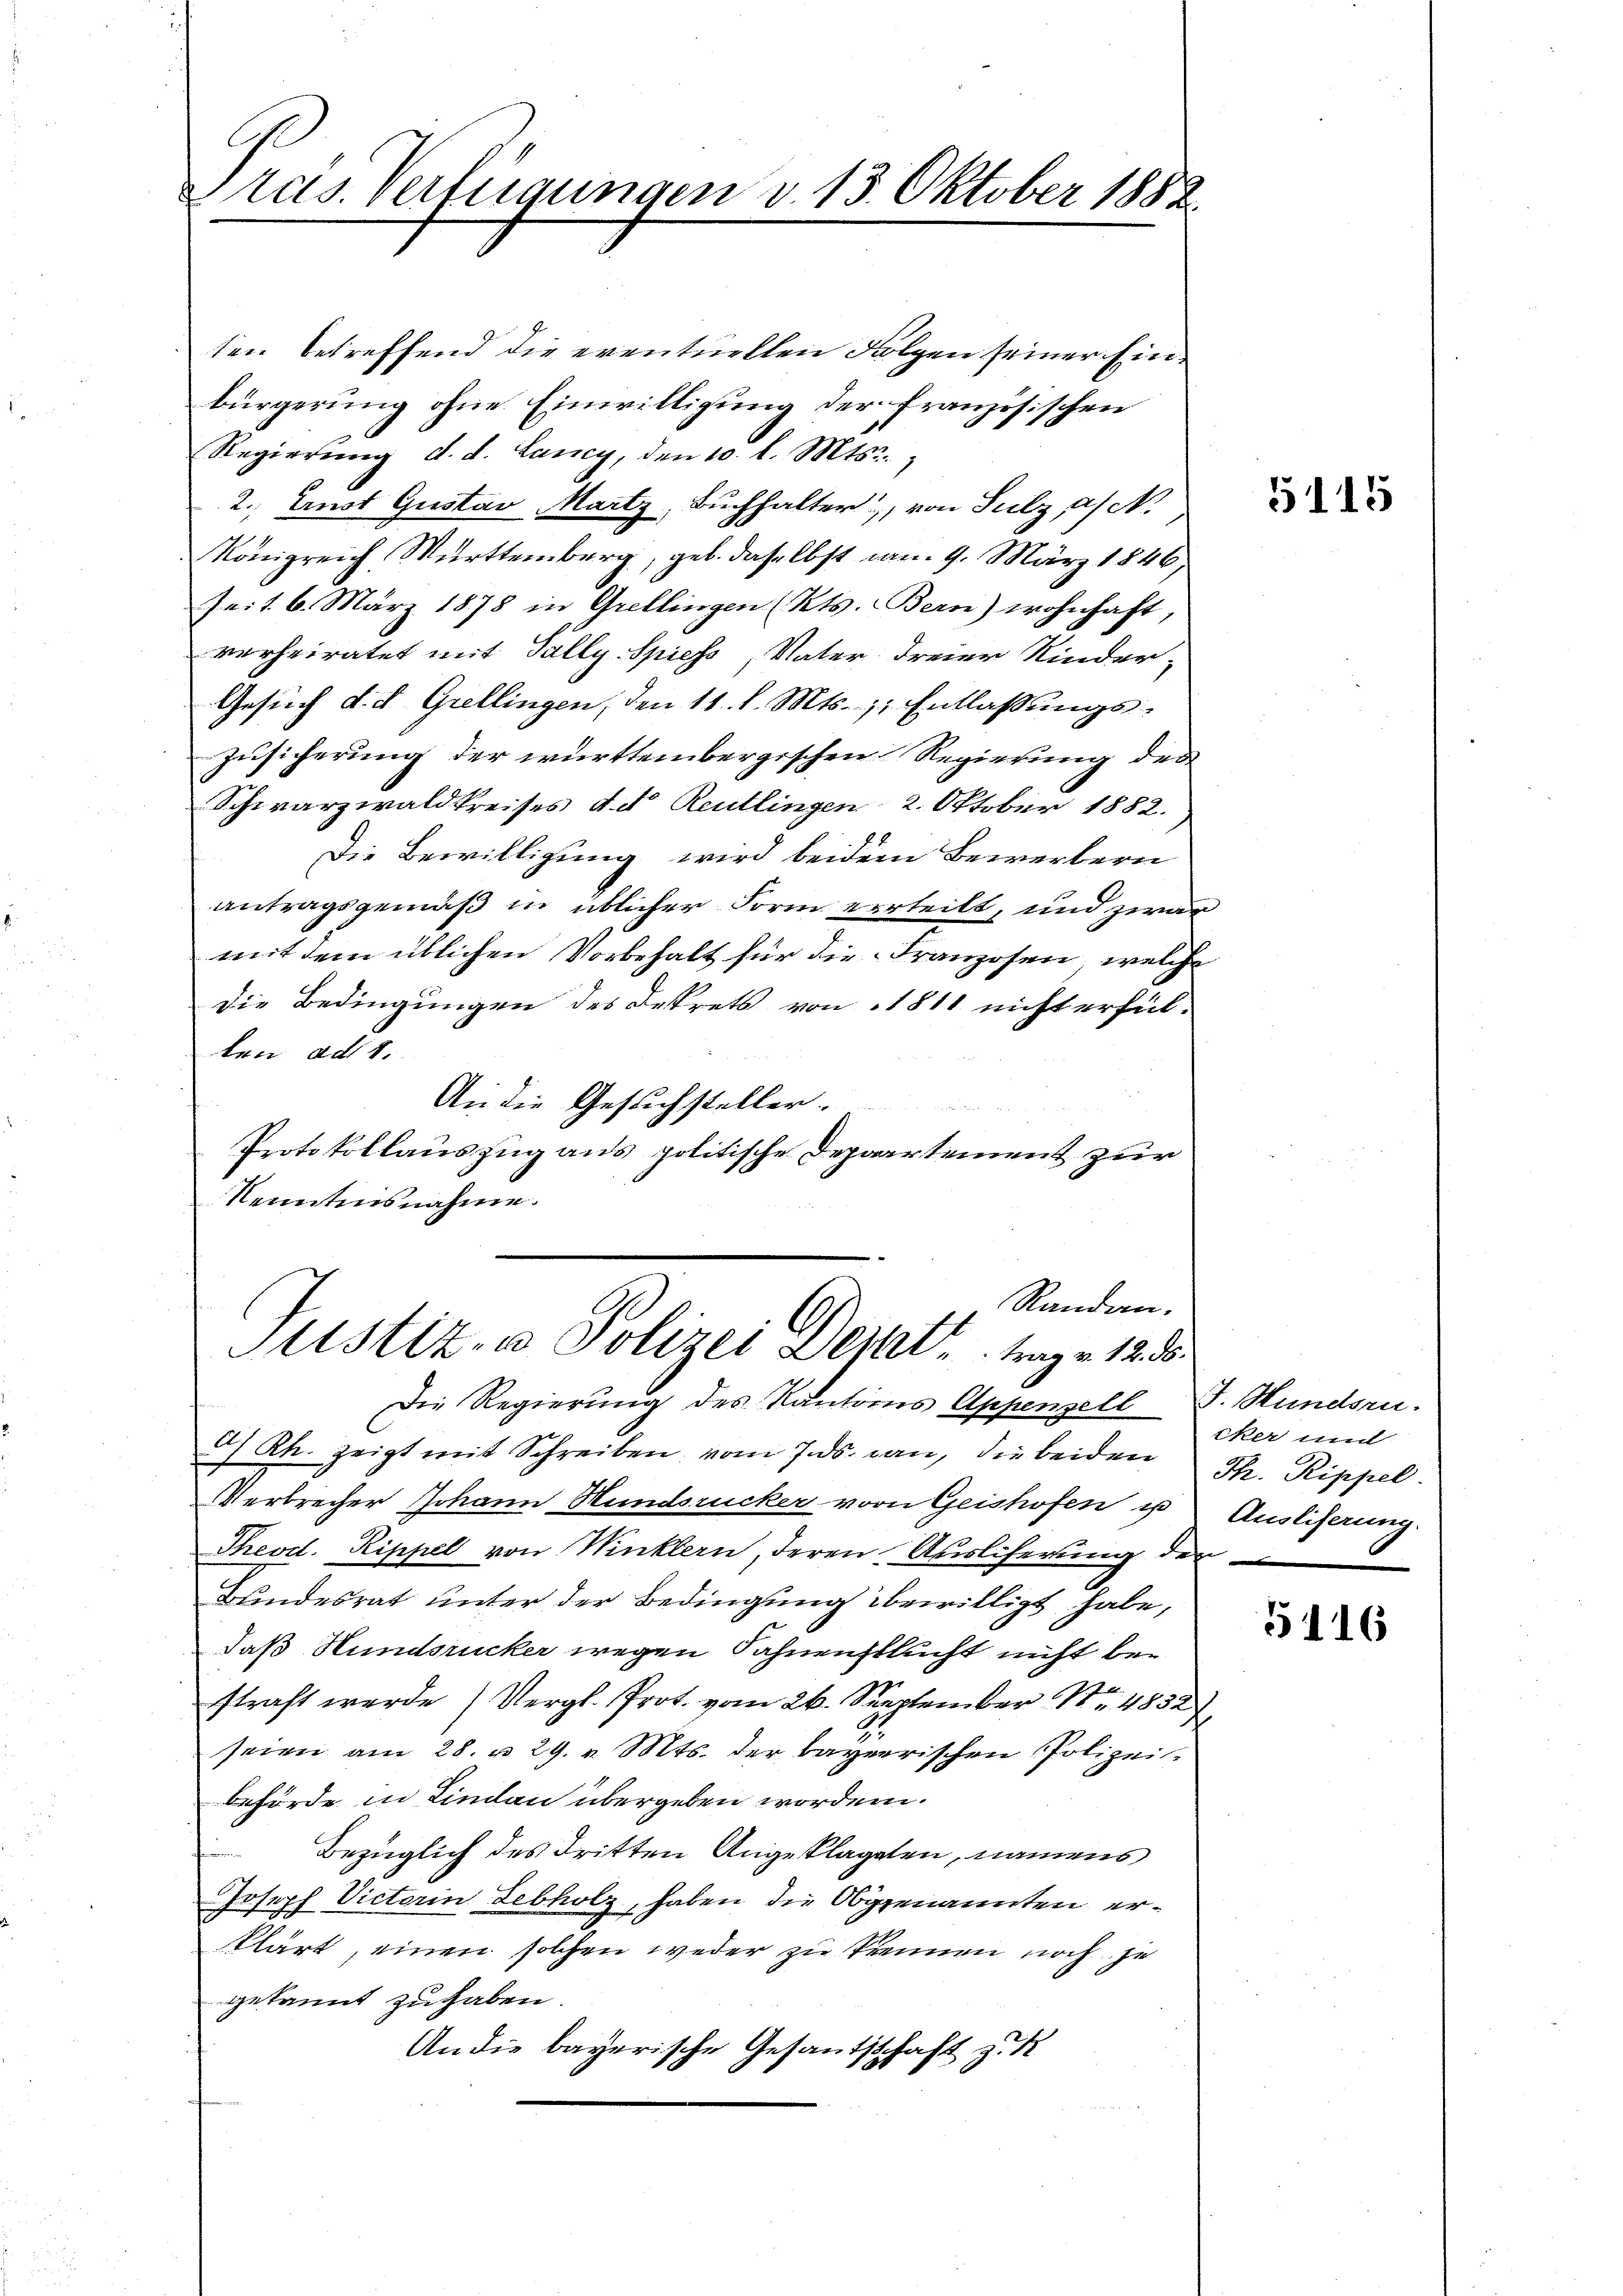
Pras. Verfügungen v. 13. Oktober 1882

ten betreffend die eventuellen Folgen seiner Einbürgerung ohne Einwilligung der französischen
Regierung d. d. Lancy, den 10. l. Mts.,
2.) Ernst Gustav Martz, Buchhalter, von Sulz, a.
Königreich Württemberg, geb. daselbst am 9. März 1846,
seit 6. März 1878 in Grellingen (Kts. Bern) wohnhaft,
verheiratet mit Tally. Spiess, Vater dreier Kinder-
Gesŭch d. d. Grellingen, den 11. d. Mts. Entlaßungs-
Zusicherung der württembergischen Regierung der
Schwarzwaldkreises d. d. Reutlingen 2. Oktober 1882.
Die Bewilligung wird beidem Bewerbern
antragsgemäß in üblicher Form verteilt, und zwar
mit dem üblichen Vorbehalt für die Franzosen, welche
Die Bedingungen des Dekrets von 1811 nicht erfül-
ten ad 1.
An die Gesuchsteller.
Protokollauszug aus politische Departement zur
Kenntnisnahme.

Randan-
1
Justiz- & Polizei Decke trage 125.

Die Regierung des Kantoris Appenzell S. Hundsru.
d) Rh. zeigt mit Schreiben vom 7.ds. an, die beiden Th. Rippel
Verbrecher Johann Hundsrücker vor Geishofen u
Theod. Rippel von Winklern, deren Ausliferung der
Bundesrat unter der Bedingung bewilligt habe,
daß Hundsrucker wegen Sahnenstlucht nicht bestraft werde (Vergl. Prot. vom 26. September Nr. 4832)
i
seien am 28. u. 29. v. Mts. der bayerischen Polizei
behörde in Lindau übergeben worden.
Bezüglich des dritten Angeklagten, namens
Joseph Victorin Lebholz, haben die Obgenannten erklärt, einen solchen weder zu trennen noch je
gekannt zu haben.
An die bayerische Gesantschaft zu

1115

cker und
Ausliferung.

5116